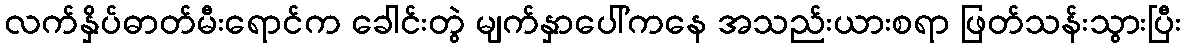
လက်နှိပ်ဓာတ်မီးရောင်က ခေါင်းတွဲ မျက်နှာပေါ်ကနေ အသည်းယားစရာ ဖြတ်သန်းသွားပြီး